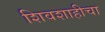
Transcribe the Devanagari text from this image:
शिवशाहीचा